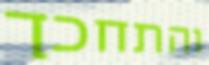
והתחכך